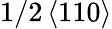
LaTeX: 1/2\left<110\right>